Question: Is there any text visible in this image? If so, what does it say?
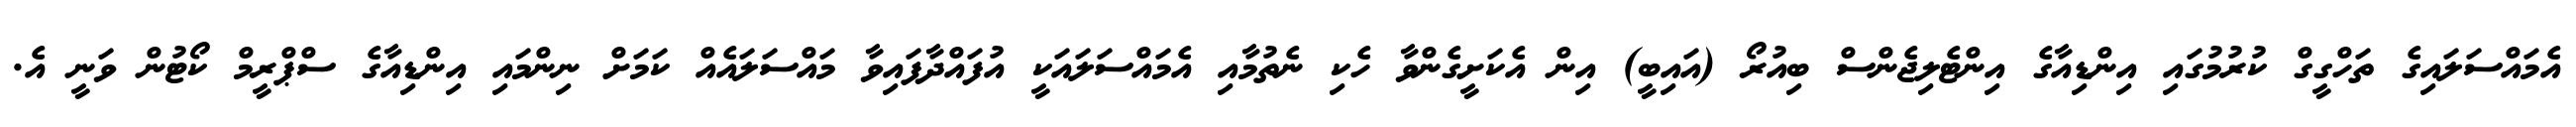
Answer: އެމައްސަލައިގެ ތަހްގީގް ކުރުމުގައި އިންޑިއާގެ އިންޓެލިޖެންސް ބިއުރޯ (އައިބީ) އިން އެކަށީގެންވާ ހެކި ނެތުމާއި އެމައްސަލައަކީ އުފައްދާފައިވާ މައްސަލައެއް ކަމަށް ނިންމައި އިންޑިއާގެ ސްޕްރީމް ކޯޓުން ވަނީ އެ.